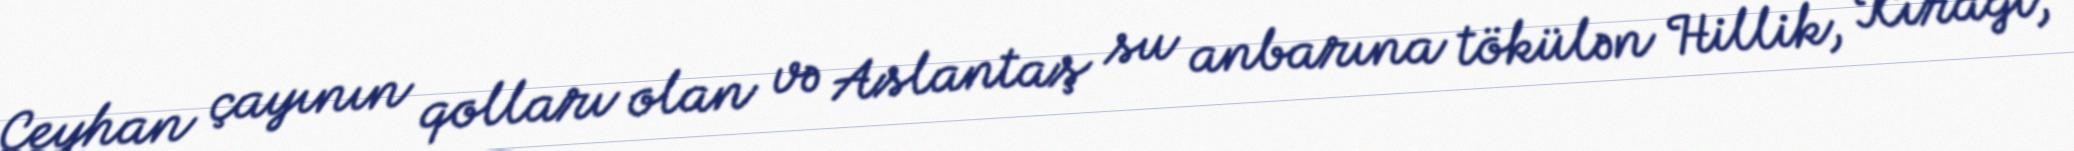
Ceyhan çayının qolları olan və Aslantaş su anbarına tökülən Hillik, Kırağı,